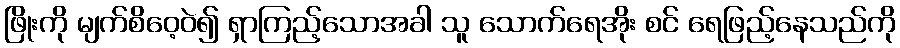
ဖြိုးကို မျက်စိဝေ့ဝဲ၍ ရှာကြည့်သောအခါ သူ သောက်ရေအိုး စင် ရေဖြည့်နေသည်ကို